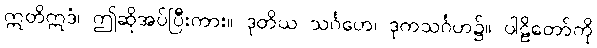
ဣတိဣဒံ၊ ဤဆိုအပ်ပြီးကား။ ဒုတိယ သင်္ဂဟေ၊ ဒုကသင်္ဂဟ၌။ ပါဠိတော်ကို